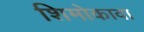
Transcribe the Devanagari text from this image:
शिमोकावा